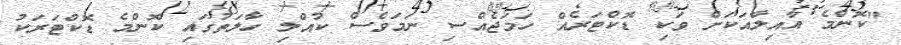
"ކޮންމެ އާއިލާއަކަށް ވަކި ޑޮކްޓަރެއް ހަމަޖެއްސި ނަމަވެސް ކުއްލި ހާލަތުގައި ކޮންމެ ޑޮކްޓަރަކު